Scottish Leaving Certificate Examination, 1959
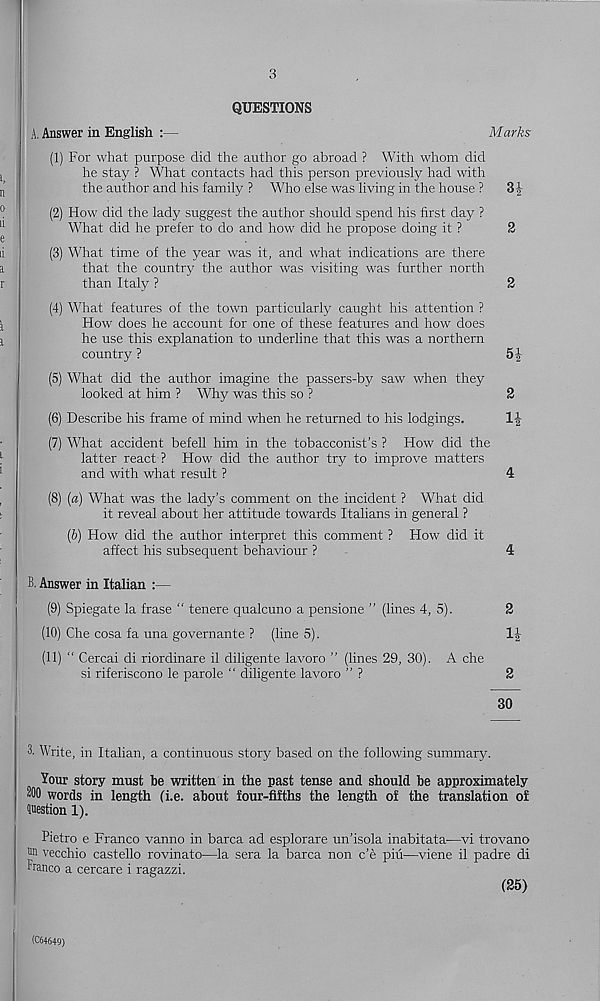
3
QUESTIONS
A, Answer in English :—
Marks
(1) For what purpose did the author go abroad ? With whom did
he stay ? What contacts had this person previously had with
the author and his family ? Who else was living in the house ?
3^-
(2) How did the lady suggest the author should spend his first day ?
What did he prefer to do and how did he propose doing it ?
2
(3) What time of the year was it, and what indications are there
that the country the author was visiting was further north
than Italy ?
2
(4) What features of the town particularly caught his attention ?
How does he account for one of these features and how does
he use this explanation to underline that this was a northern
country ?
5|-
(5) What did the author imagine the passers-by saw when they
looked at him ? Why was this so ?
2
(6) Describe his frame of mind when he returned to his lodgings.
\\
(7) What accident befell him in the tobacconist’s ? How did the
latter react ? How did the author try to improve matters
and with what result ?
4
(8) [a) What was the lady’s comment on the incident ? What did
it reveal about her attitude towards Italians in general ?
(b) How did the author interpret this comment ? How did it
affect his subsequent behaviour ?
4
B. Answer in Italian :—
(9) Spiegate la frase “ tenere qualcuno a pensione ” (lines 4, 5).
2
(10) Che cosa fa una governante ? (line 5).
(11) " Cercai di riordinare il diligente lavoro ” (lines 29, 30). A che
si riferiscono le parole “ diligente lavoro ” ?
2
30
3. Write, in Italian, a continuous story based on the following summary.
Your story must be written in the past tense and should be approximately
“00 words in length (i.e. about four-fifths the length of the translation of
Westion 1).
Pietro e Franco vanno in barca ad esplorare un’isola inabitata—vi trovano
Mi vecchio castello rovinato—la sera la barca non c’e piu—viene il padre di
Franco a cercare i ragazzi.
(35)
(C64649)